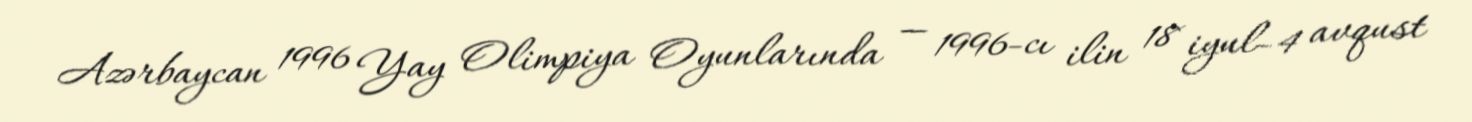
Azərbaycan 1996 Yay Olimpiya Oyunlarında — 1996-cı ilin 18 iyul–4 avqust